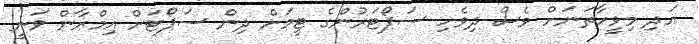
އަދި މިވީހާތަނަށް ވެސް ދިވެހި ސަޕޯޓަރުންގެ ޓީމަށް ދިން ސަޕޯޓަށް އިމްރާން ވަނީ